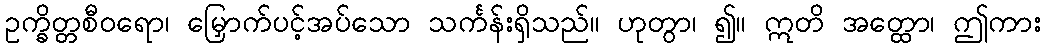
ဥက္ခိတ္တစီဝရော၊ မြှောက်ပင့်အပ်သော သင်္ကန်းရှိသည်။ ဟုတွာ၊ ၍။ ဣတိ အတ္ထော၊ ဤကား